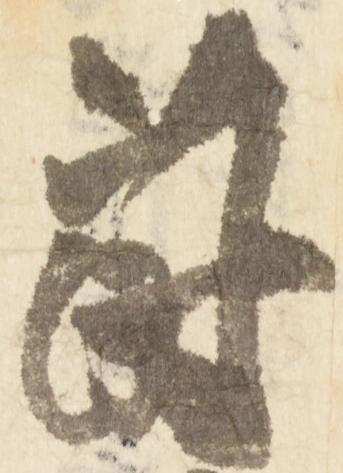
蒔